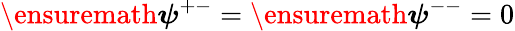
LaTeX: \ensuremath{\boldsymbol{\psi}}^{+-}=\ensuremath{\boldsymbol{\psi}}^{--}=0